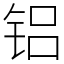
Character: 铝